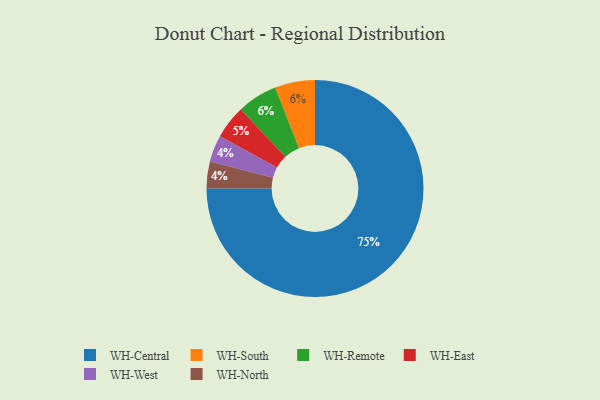
{"axis": {"x": "Category", "y": "Percentage"}, "legend": ["WH-Central", "WH-East", "WH-North", "WH-Remote", "WH-South", "WH-West"], "data": [{"x": "WH-East", "y": 5, "type": "WH-East"}, {"x": "WH-South", "y": 6, "type": "WH-South"}, {"x": "WH-West", "y": 4, "type": "WH-West"}, {"x": "WH-North", "y": 4, "type": "WH-North"}, {"x": "WH-Central", "y": 75, "type": "WH-Central"}, {"x": "WH-Remote", "y": 6, "type": "WH-Remote"}]}